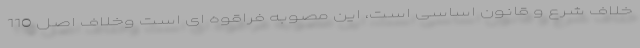
خلاف شرع و قانون اساسی است، این مصوبه فراقوه ای است وخلاف اصل 110